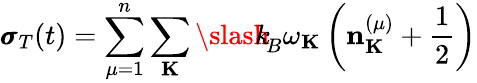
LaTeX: {\pmb\sigma}_{T}(t)=\sum_{\mu=1}^{n}\sum_{\mathbf K}{\slash\! \! \! k}_{\! {B}}\omega_{\mathbf K}\left({\mathbf n}_{\mathbf K}^{(\mu)}+\frac{1}{2}\right)